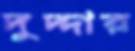
দুদ্দার